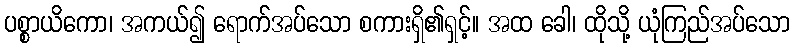
ပစ္စာယိကော၊ အကယ်၍ ရောက်အပ်သော စကားရှိ၏ရှင့်။ အထ ခေါ၊ ထိုသို့ ယုံကြည်အပ်သော